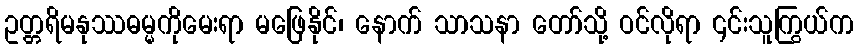
ဥတ္တရိမနုဿဓမ္မကိုမေးရာ မဖြေနိုင်၊ နောက် သာသနာ တော်သို့ ဝင်လိုရာ ၎င်းသူကြွယ်က